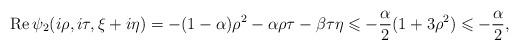
LaTeX: \begin{align*}\operatorname{Re}\psi_2(i\rho,i\tau,\xi+i\eta)=-(1-\alpha)\rho^2-\alpha\rho\tau-\beta\tau\eta\leqslant -\frac{\alpha}{2}(1+3\rho^2)\leqslant-\frac{\alpha}{2},\end{align*}